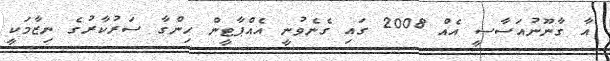
އާ ގާނޫނުއަސާސީ އެއް 2008 ގައި ގެނެވުނީ އެއްޕާޓީން ހިންގާ ސަރުކާރުގެ ނިޒާމަކީ